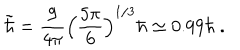
\tilde { \hbar } = { \frac { 9 } { 4 \pi } } \Big ( { \frac { 5 \pi } { 6 } } \Big ) ^ { 1 / 3 } \hbar \simeq 0 . 9 9 \hbar \ .